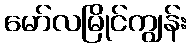
မော်လမြိုင်ကျွန်း